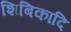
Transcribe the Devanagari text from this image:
शिबिकादि